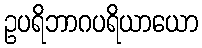
ဥပရိဘာဂပရိယာယော